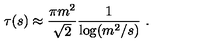
\tau ( s ) \approx \frac { \pi m ^ { 2 } } { \sqrt { 2 } } \frac { 1 } { \log ( m ^ { 2 } / s ) } \ .